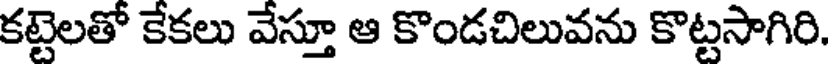
కట్టెలతో కేకలు వేస్తూ ఆ కొండచిలువను కొట్టసాగిరి.